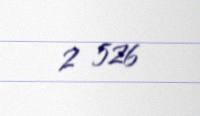
2 526